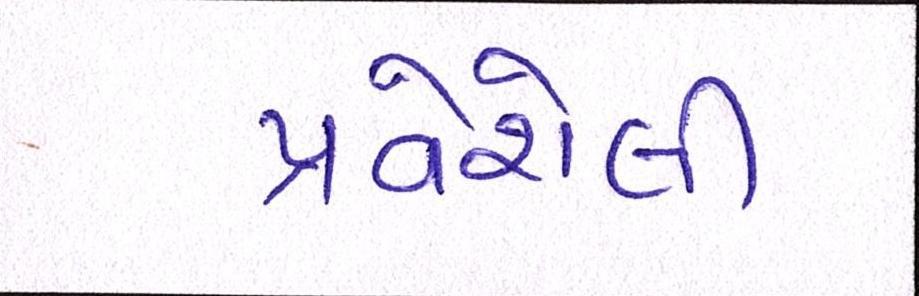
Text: પ્રવેશેલી